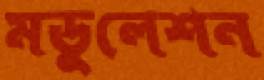
মডুলেশন